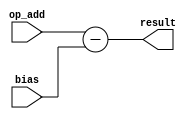
`timescale 1ns / 1ps
//////////////////////////////////////////////////////////////////////////////////
// Company: 
// Engineer: 
// 
// Design Name: 
// Module Name:    Add_Subtract_M 
// Project Name: 
// Target Devices: 
// Tool versions: 
// Description: 
//
// Dependencies: 
//
// Revision: 
// Revision 0.01 - File Created
// Additional Comments: 
//
//////////////////////////////////////////////////////////////////////////////////
module Add_Subtract_M
	# (parameter W = 9)
	(
		input wire [W-1:0] op_add,
		input wire [W-1:0] bias,
		output wire [W-1:0] result
    );

assign result = op_add - bias;

endmodule